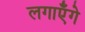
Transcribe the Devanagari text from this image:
लगाएँगे